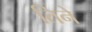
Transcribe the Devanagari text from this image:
तिनेे